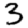
Digit: 3